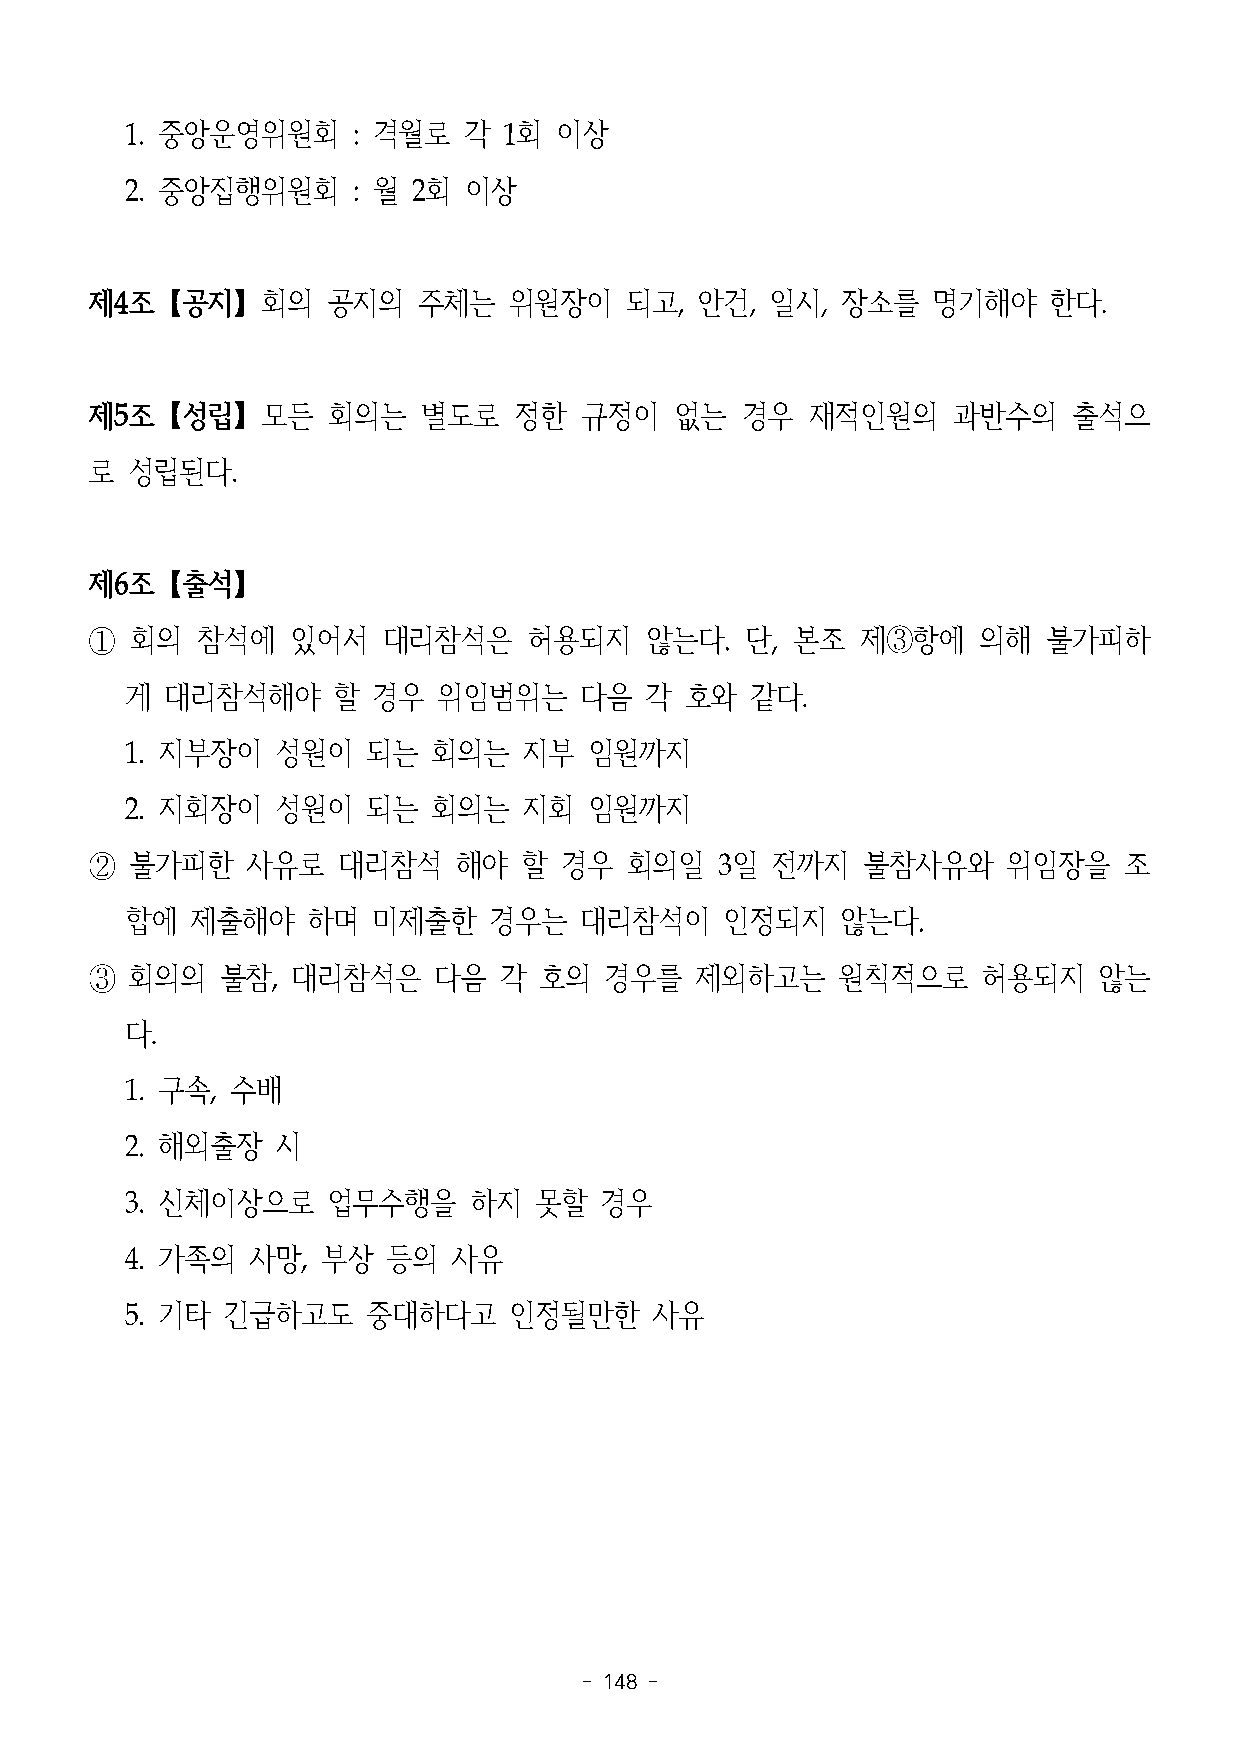
1. 중앙운영위원회     : 격월로   각 1회  이상
 2. 중앙집행위원회     : 월 2회  이상
 제4조【공지】회의       공지의   주체는   위원장이   되고,  안건,  일시,  장소를   명기해야   한다.
 제5조【성립】모든       회의는   별도로   정한  규정이    없는  경우   재적인원의    과반수의    출석으
 로 성립된다.
 제6조【출석】
 ①  회의  참석에   있어서   대리참석은     허용되지    않는다.  단, 본조   제③항에    의해  불가피하
 게  대리참석해야     할  경우  위임범위는    다음   각 호와   같다.
 1. 지부장이   성원이   되는   회의는   지부  임원까지
 2. 지회장이   성원이   되는   회의는   지회  임원까지
 ②  불가피한   사유로   대리참석    해야  할  경우  회의일    3일 전까지   불참사유와     위임장을   조
 합에   제출해야   하며   미제출한   경우는   대리참석이     인정되지    않는다.
 ③  회의의   불참, 대리참석은     다음  각  호의  경우를   제외하고는    원칙적으로     허용되지    않는
 다.
 1. 구속, 수배
 2. 해외출장   시
 3. 신체이상으로     업무수행을    하지  못할   경우
 4. 가족의  사망,  부상   등의  사유
 5. 기타  긴급하고도    중대하다고     인정될만한    사유
 - 148 -